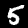
Digit: 5